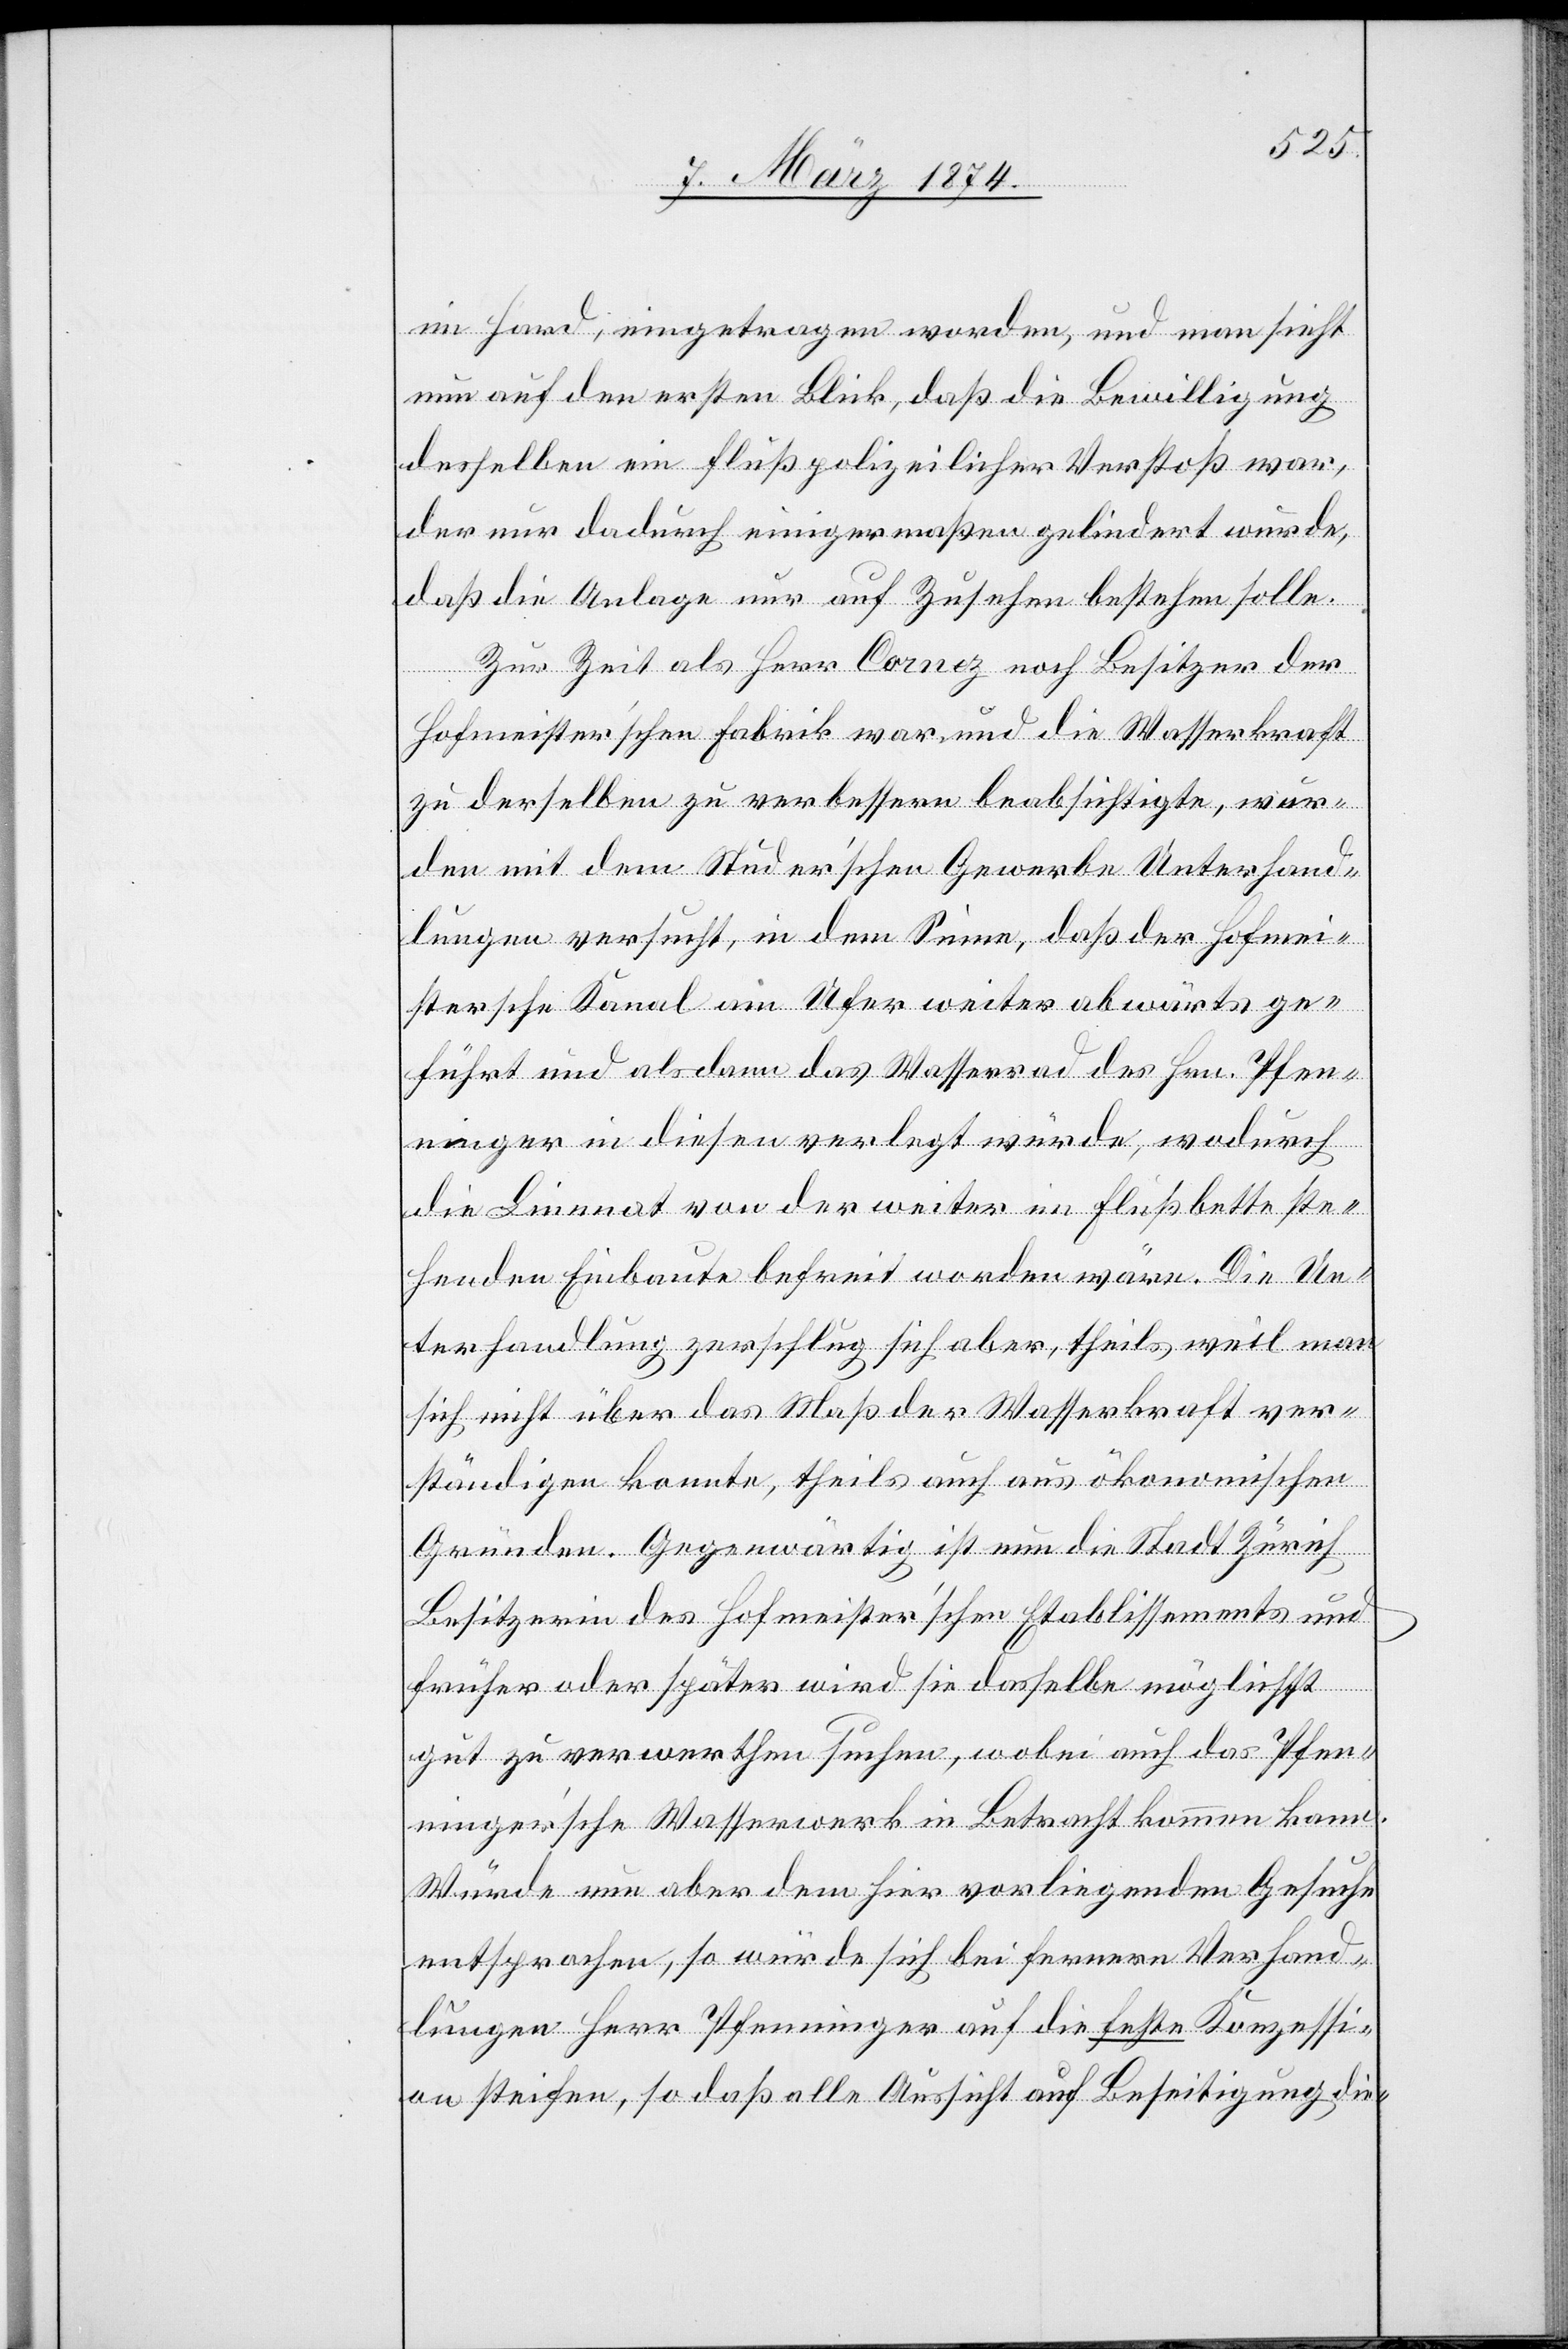
im Hard, eingetragen worden, und man sieht
nun auf den ersten Blick, daß die Bewilligung
desselben ein flußpolizeilicher Verstoß war,
der nur dadurch einigermaßen gelindert wurde,
daß die Anlage nur auf Zusehen bestehen solle.
Zur Zeit als Herr Cornez noch Besitzer der
Hofmeister’schen Fabrik war und die Wasserkraft
zu derselben zu verbessern beabsichtigte, wur¬
den mit dem Studer’schen Gewerbe Unterhand¬
lungen versucht, in dem Sinne, daß der Hofmei¬
stersche Kanal am Ufer weiter abwärts ge¬
führt und alsdann das Wasserrad des Hrn. Pfen¬
ninger in diesen verlegt würde, wodurch
die Limmat von der weiter im Flußbette ste¬
henden Einbaute befreit worden wäre. Die Un¬
terhandlung zerschlug sich aber, theils weil man
sich nicht über das Maß der Wasserkraft ver¬
ständigen konnte, theils auch aus ökonomischen
Gründen. Gegenwärtig ist nun die Stadt Zürich
Besitzerin des Hofmeister’schen Etablissements und
früher oder später wird sie dasselbe möglichst
gut zu verwerthen suchen, wobei auch das Pfen¬
ninger’sche Wasserwerk in Betracht kommen kann.
Würde nun aber dem hier vorliegenden Gesuche
entsprochen, so würde sich bei fernern Verhand¬
lungen Herr Pfenninger auf die feste Konzessi¬
on steifen, so daß alle Aussicht auf Beseitigung die-